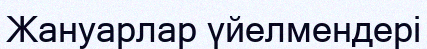
Жануарлар үйелмендері